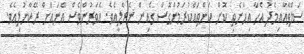
ސަލްވާއާއިމެދު އެހާ އިހާނެތި ކޮށް ކަންތައްކުރަމުންގޮސް ގެއިން ނެރެލީއެވެ. އެވަރުންވެސް އޭނައަށް ރޭކާނުލިއެވެ.